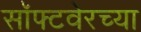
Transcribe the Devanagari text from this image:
सॉफ्टवेरच्या